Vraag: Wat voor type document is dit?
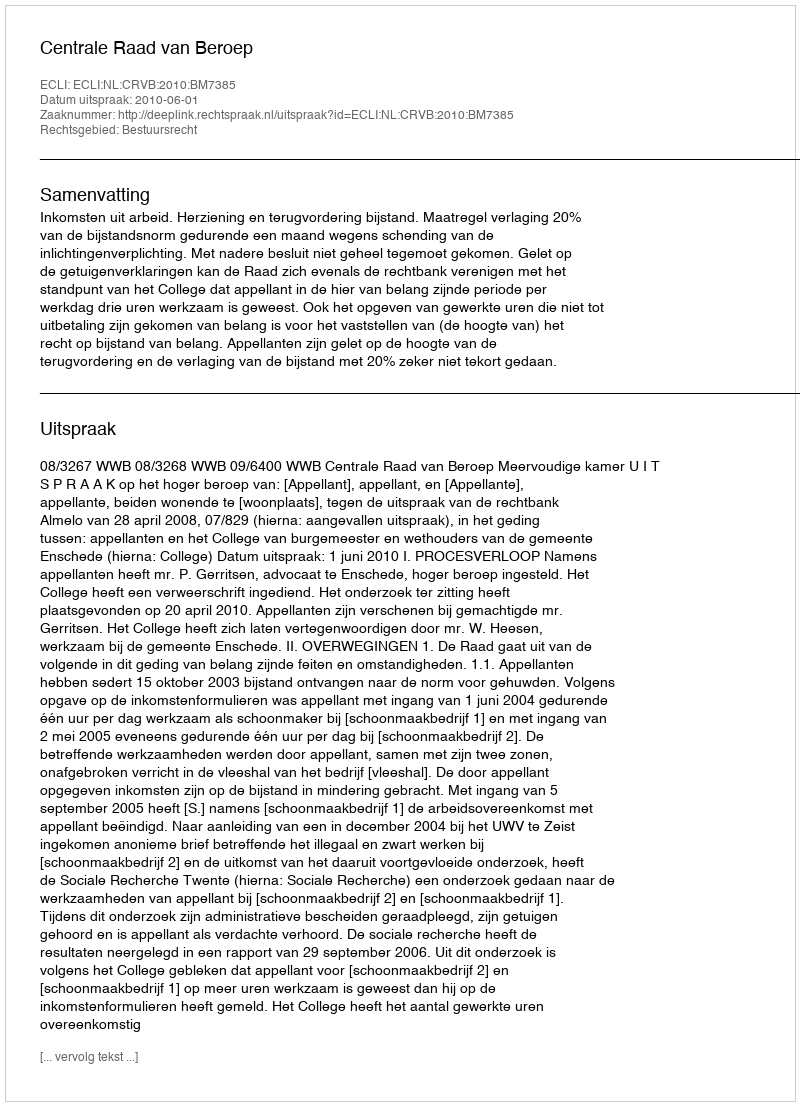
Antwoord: Uitspraak